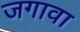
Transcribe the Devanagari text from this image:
जगावा